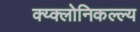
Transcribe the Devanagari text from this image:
क्य्क्लोनिकल्ल्य